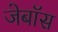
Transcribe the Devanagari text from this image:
जेबॉस